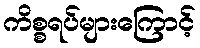
ကိစ္စရပ်များကြောင့်